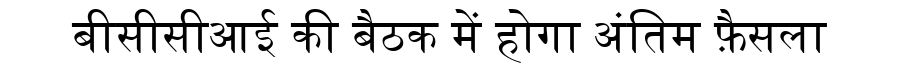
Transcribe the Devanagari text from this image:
बीसीसीआई की बैठक में होगा अंतिम फ़ैसला